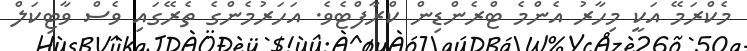
މެކްރަމޭ އަކީ މިހާރު އެންމެ ޓްރެންޑިން ކްރާފްޓެވެ. އަހަރުމެންގެ ތެރޭގައި ވެސް ވާޓިކަލް